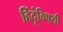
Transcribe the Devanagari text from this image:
हिंदूंविषयी